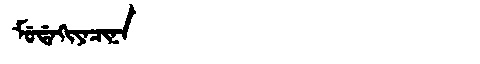
Manchu: ᠮᡠᡩᠠᡴᡳᠶᠠᠴᡳᠨᠠ
Romanization: MUDAKIYACINA